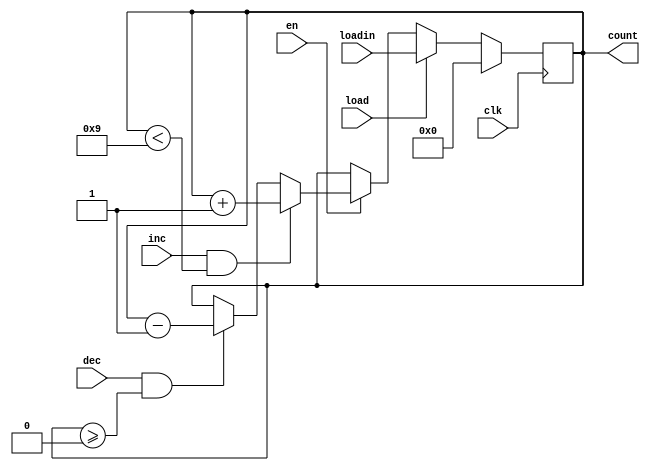
module UpDown #(parameter n = 4, mod = 9) (input clk, en, load, inc, dec, 
input [n-1:0] loadin, output [n-1:0] count);
reg [n-1:0] count = 0;
always @ (posedge clk) begin
    if (rst)
        count <= 0;
    else if (load)
        count <= loadin;
    else if (en) begin
        if (inc && count < mod) 
            count <= count +1;
        else if (dec && count >= 0)
            count <= count - 1;
    end
end

endmodule